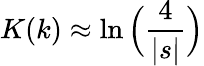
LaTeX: K(k)\approx\ln\Big(\frac{4}{|s|}\Big)